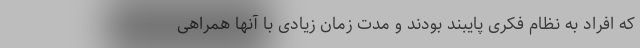
که افراد به نظام فکری پایبند بودند و مدت زمان زیادی با آنها همراهی